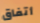
أتفاق